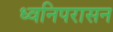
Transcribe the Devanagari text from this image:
ध्वनिपरासन